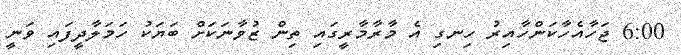
6:00 ޖަހާއެހާކަންހާއިރު ހިނގި އެ މާރާމާރީގައި ތިން ޒުވާނަކަށް ބަޔަކު ހަމަލާދީފައި ވަނީ